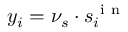
y _ { i } = \nu _ { s } \cdot s _ { i } ^ { \mathrm { ~ i ~ n ~ } }